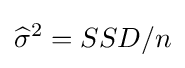
{\widehat {\sigma }}^{2}=SSD/n